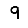
Digit: 9